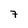
Character: 7